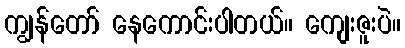
ကျွန်တော် နေကောင်းပါတယ်။ ကျေးဇူးပဲ။